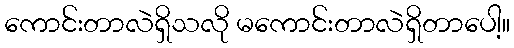
ကောင်းတာလဲရှိသလို မကောင်းတာလဲရှိတာပေါ့။